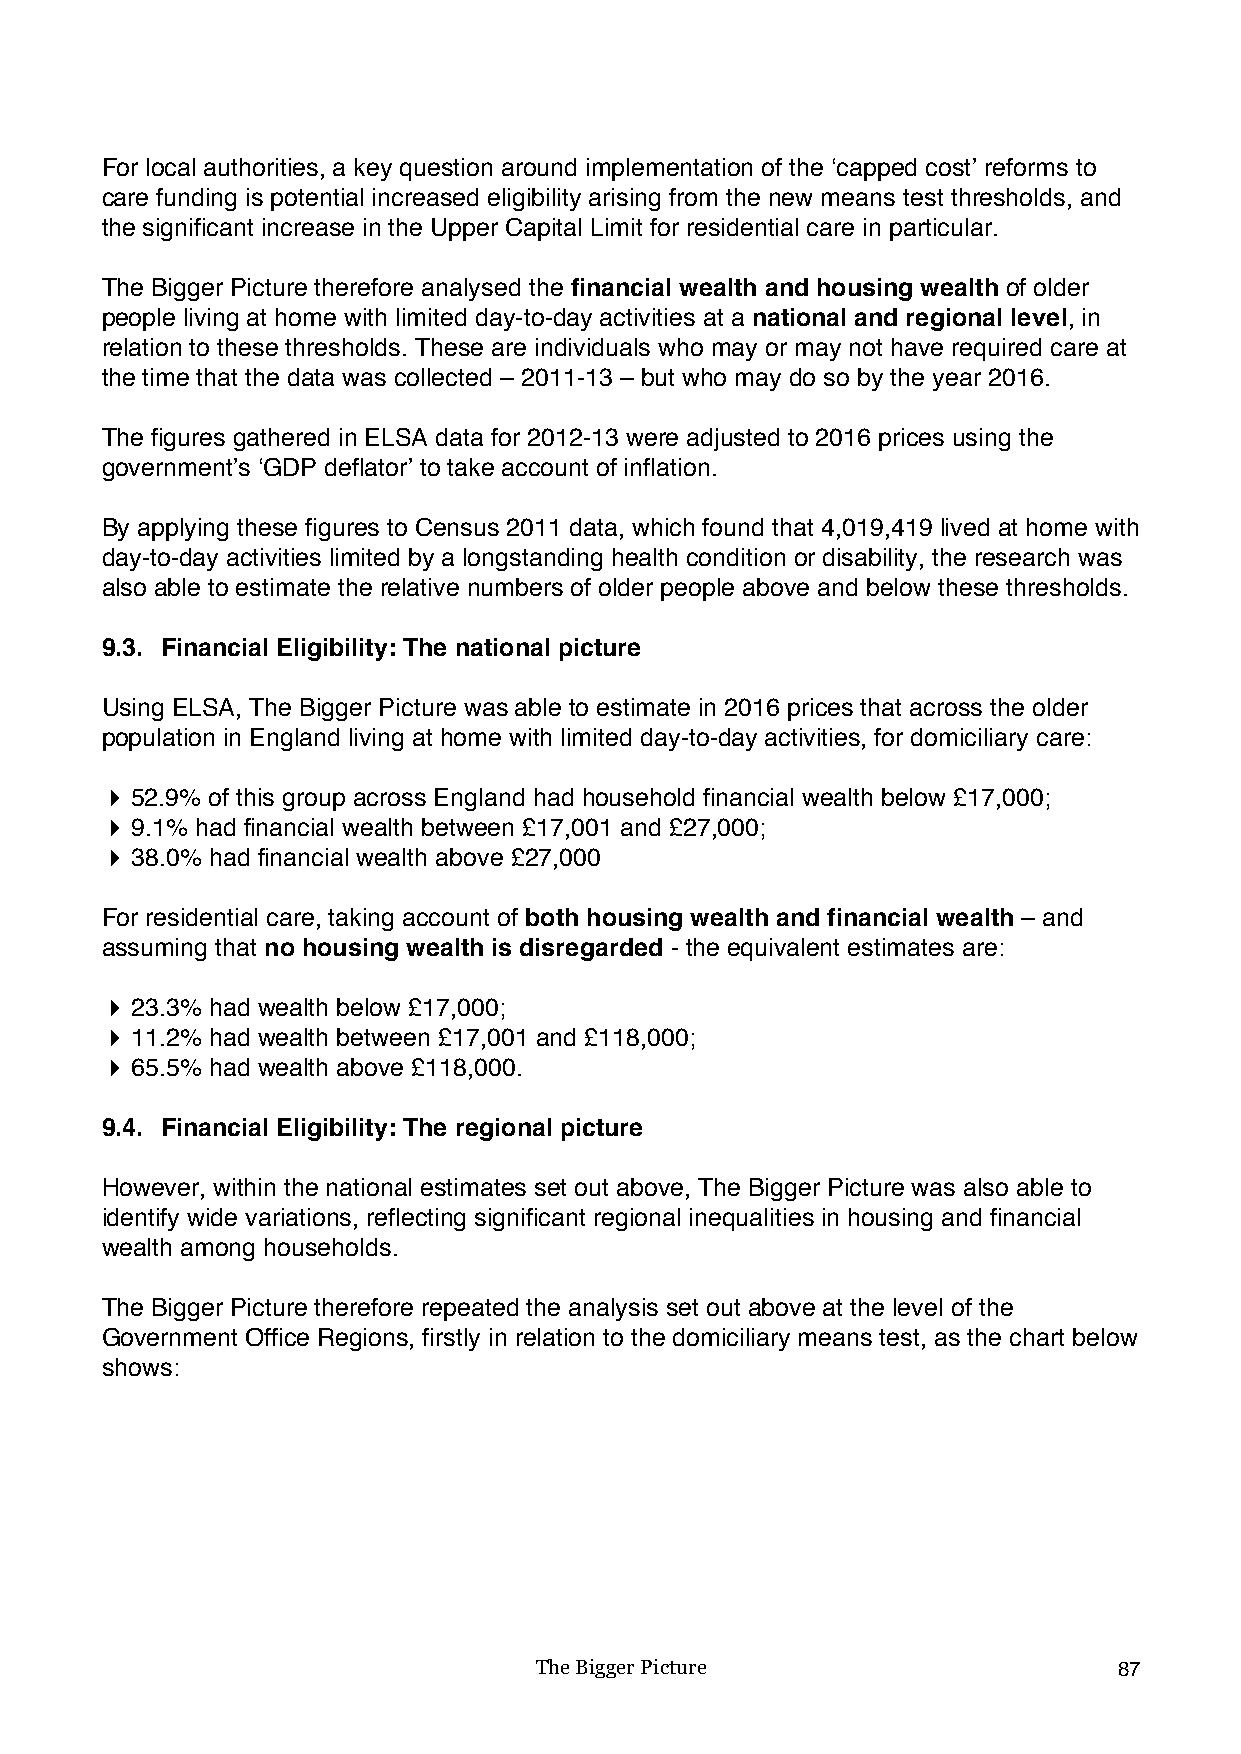
For local authorities, a key question around implementation of the ‘capped cost’ reforms to
 care funding is potential increased eligibility arising from the new means test thresholds, and
 the significant increase in the Upper Capital Limit for residential care in particular.
 The Bigger Picture therefore analysed the financial wealth and housing wealth of older
 people living at home with limited day-to-day activities at a national and regional level, in
 relation to these thresholds. These are individuals who may or may not have required care at
 the time that the data was collected – 2011-13 – but who may do so by the year 2016.
 The figures gathered in ELSA data for 2012-13 were adjusted to 2016 prices using the
 government’s ‘GDP deflator’ to take account of inflation.
 By applying these figures to Census 2011 data, which found that 4,019,419 lived at home with
 day-to-day activities limited by a longstanding health condition or disability, the research was
 also able to estimate the relative numbers of older people above and below these thresholds.
 9.3. Financial Eligibility: The national picture
 Using ELSA, The Bigger Picture was able to estimate in 2016 prices that across the older
 population in England living at home with limited day-to-day activities, for domiciliary care:
 ! 52.9% of this group across England had household financial wealth below £17,000;
 ! 9.1% had financial wealth between £17,001 and £27,000;
 ! 38.0% had financial wealth above £27,000
 For residential care, taking account of both housing wealth and financial wealth – and
 assuming that no housing wealth is disregarded - the equivalent estimates are:
 ! 23.3% had wealth below £17,000;
 ! 11.2% had wealth between £17,001 and £118,000;
 ! 65.5% had wealth above £118,000.
 9.4. Financial Eligibility: The regional picture
 However, within the national estimates set out above, The Bigger Picture was also able to
 identify wide variations, reflecting significant regional inequalities in housing and financial
 wealth among households.
 The Bigger Picture therefore repeated the analysis set out above at the level of the
 Government Office Regions, firstly in relation to the domiciliary means test, as the chart below
 shows:
 The Bigger Picture                     87